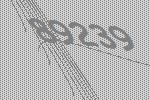
89239